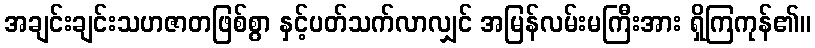
အချင်းချင်းသဟဇာတဖြစ်စွာ နှင့်ပတ်သက်လာလျှင် အမြန်လမ်းမကြီးအား ရှိကြကုန်၏။